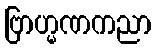
ဗြာဟ္မဏကညာ